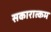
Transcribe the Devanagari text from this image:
सकारात्‍कम